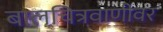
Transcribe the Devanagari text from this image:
बालचित्रवाणीवर